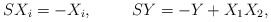
\begin{align*}S X_i = - X_i, \rule{1cm}{0cm} S Y = - Y + X_1 X_2, \end{align*}